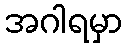
အဂါရမှာ